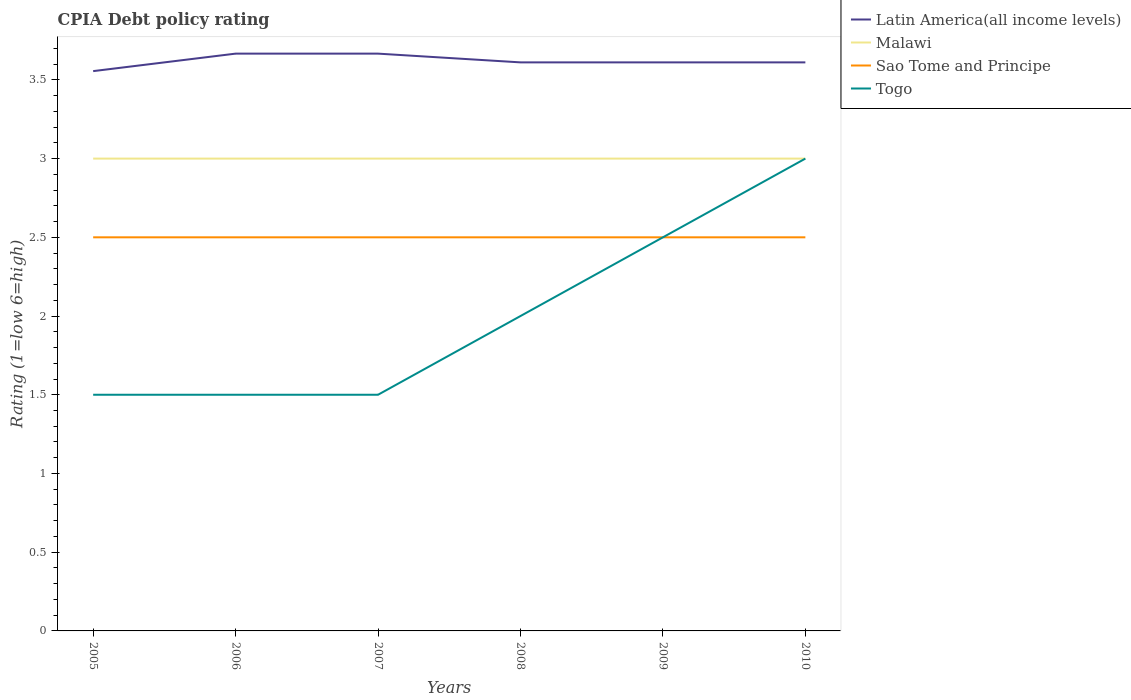
| Years | Latin America(all income levels) | Malawi | Sao Tome and Principe | Togo |
 | --- | --- | --- | --- | --- |
 | 2005 | 3.56 | 3 | 2.5 | 1.5 |
 | 2006 | 3.67 | 3 | 2.5 | 1.5 |
 | 2007 | 3.67 | 3 | 2.5 | 1.5 |
 | 2008 | 3.61 | 3 | 2.5 | 2 |
 | 2009 | 3.61 | 3 | 2.5 | 2.5 |
 | 2010 | 3.61 | 3 | 2.5 | 3 |